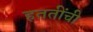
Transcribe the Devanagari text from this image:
हततींची